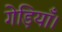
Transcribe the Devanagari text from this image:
गेड़ियाँ।